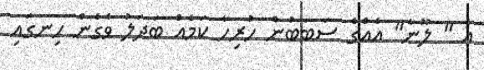
އެ " ލޫނާ" އެއްގެ ސަބަބުން ހުރިހާ ކަމެއް ބަދަލު ވެގެން ހިނގައި